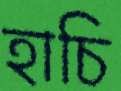
হাচি